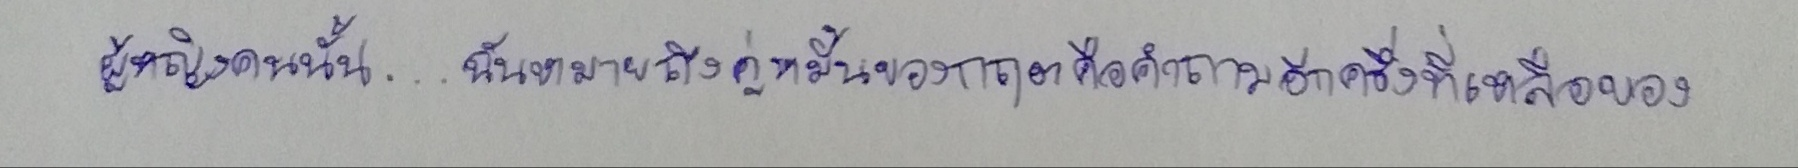
"ผู้หญิงคนนั้น...ฉันหมายถึงคู่หมั้นของกฤตคือคำถามอีกครึ่งที่เหลือของ